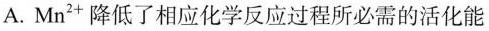
A.Mn^{2+}降低了相应化学反应过程所必需的活化能